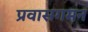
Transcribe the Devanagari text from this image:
प्रवासगमन